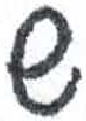
אות: ש